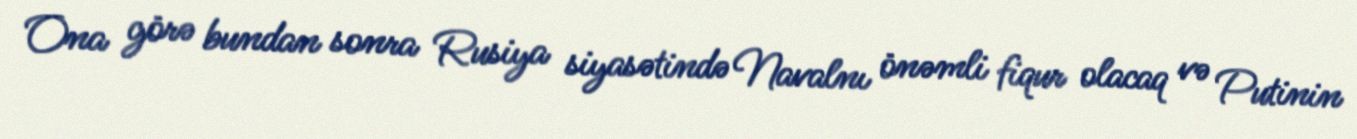
Ona görə bundan sonra Rusiya siyasətində Navalnı önəmli fiqur olacaq və Putinin